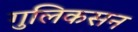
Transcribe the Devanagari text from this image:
गुलिकसन